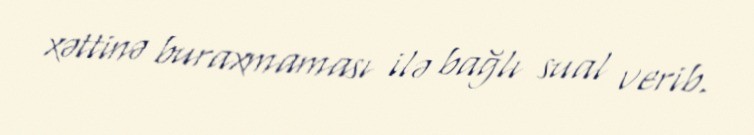
xəttinə buraxmaması ilə bağlı sual verib.